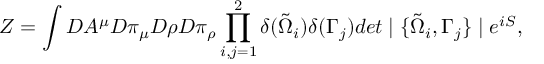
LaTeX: Z = \int { \cal D } A ^ { \mu } { \cal D } \pi _ { \mu } { \cal D } \rho { \cal D } \pi _ { \rho } \prod _ { i , j = 1 } ^ { 2 } \delta ( \tilde { \Omega } _ { i } ) \delta ( \Gamma _ { j } ) d e t \mid \{ \tilde { \Omega } _ { i } , \Gamma _ { j } \} \mid e ^ { i S } ,